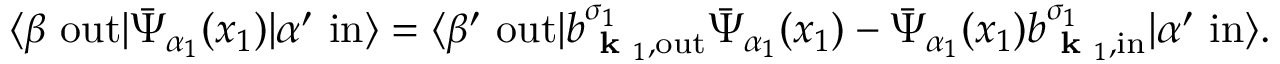
\langle \beta \ \mathrm { o u t } | { \bar { \Psi } } _ { \alpha _ { 1 } } ( x _ { 1 } ) | \alpha ^ { \prime } \ \mathrm { i n } \rangle = \langle \beta ^ { \prime } \ \mathrm { o u t } | b _ { { \textbf { k } } _ { 1 } , \mathrm { o u t } } ^ { \sigma _ { 1 } } { \bar { \Psi } } _ { \alpha _ { 1 } } ( x _ { 1 } ) - { \bar { \Psi } } _ { \alpha _ { 1 } } ( x _ { 1 } ) b _ { { \textbf { k } } _ { 1 } , \mathrm { i n } } ^ { \sigma _ { 1 } } | \alpha ^ { \prime } \ \mathrm { i n } \rangle .